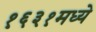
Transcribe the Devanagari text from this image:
१६३१मध्ये